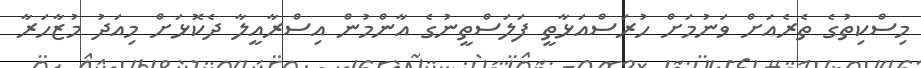
މިސްކިތުގެ ތެރެއަށް ވަނުމަށް ހުރަސްއަޅާތީ ފަލަސްތީނުގެ އާންމުން އިސްރާއީލާ ދެކޮޅަށް މިއަދު މުޒާހަރާ